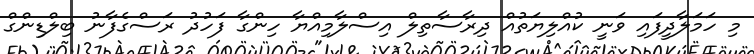
މި ހަމަލާދީފައި ވަނީ ކުއްލިޔަތުއް ދިރާސާތިލް އިސްލާމިއްޔާ ހިންގާ ފަހުދު ރަސްގެފާނު ބިލްޑިންގް